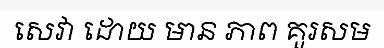
សេវា ដោយ មាន ភាព គួរសម